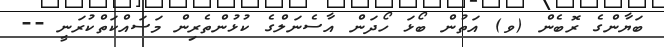
ބަޔާންގެ ރޮބެން (ވ) އަތުން ބޯޅަ ހޯދަން އާސެނަލްގެ ކުޅުންތެރިން މަސައްކަތްކުރަނީ --